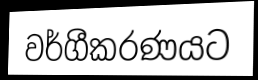
වර්ගීකරණයට